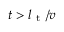
t > l _ { \mathrm { ~ t ~ } } / v